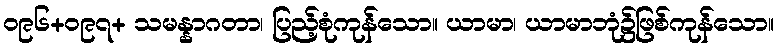
ဝ၉၆+ဝ၉၇+ သမန္နာဂတာ၊ ပြည့်စုံကုန်သော။ ယာမာ၊ ယာမာဘုံ၌ဖြစ်ကုန်သော။